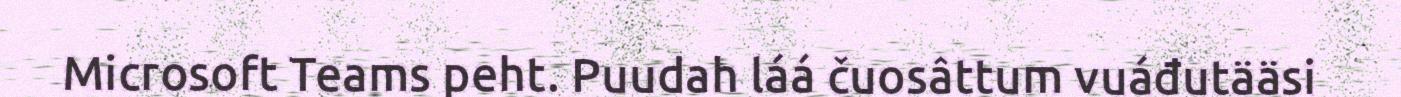
Microsoft Teams peht. Puudah láá čuosâttum vuáđutääsi